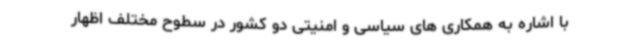
با اشاره به همکاری های سیاسی و امنیتی دو کشور در سطوح مختلف اظهار